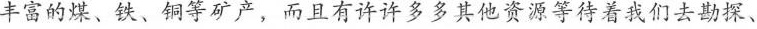
丰富的煤、铁、铜等矿产，而且有许许多多其他资源等待着我们去勘探、